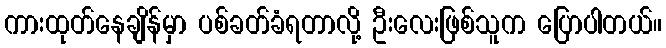
ကားထုတ်နေချိန်မှာ ပစ်ခတ်ခံရတာလို့ ဦးလေးဖြစ်သူက ပြောပါတယ်။